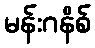
မန်းဂနိစ်